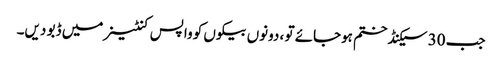
جب 30 سیکنڈ ختم ہوجائے تو ، دونوں بیکوں کو واپس کنٹینر میں ڈبو دیں۔